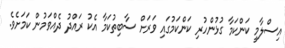
އިސްލާމީ ކަންކަމާ ގުޅުންހުރި ކަންކަމުގައި ވަރަށް ސާބިތުކަމާ އެކު ރައްދު ދެއްވަމުން ކަމަށެވެ.